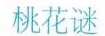
桃花谜